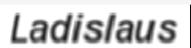
Ladislaus